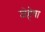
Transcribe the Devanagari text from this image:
जेहेवा